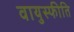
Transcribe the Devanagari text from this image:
वायुस्फीति